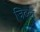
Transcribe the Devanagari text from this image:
जिटल